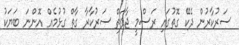
ސަރުކާރުން ދެކޭ ގޮތުގައި ރަސްމީ ޖާފަތް ސަރުކާރާ ގާތް ގުޅުމެއް އޮންނަ ބަޔަކު